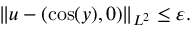
\Vert u - ( \cos ( y ) , 0 ) \Vert _ { L ^ { 2 } } \leq \varepsilon .